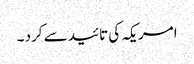
امریکہ کی تائید سے کرد ۔